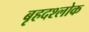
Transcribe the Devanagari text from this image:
बृहदश्लोक